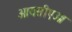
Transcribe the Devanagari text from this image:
आयसीएओ